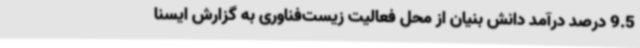
9.5 درصد درآمد دانش بنیان از محل فعالیت زیست‌فناوری به گزارش ایسنا